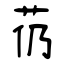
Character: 芿